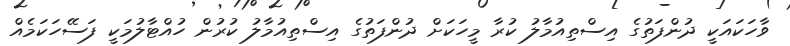
ވާހަކައަކީ ދުންފަތުގެ އިސްތިއުމާލު ކުރާ މީހަކަށް ދުންފަތުގެ އިސްތިއުމާލު ކުރުން ހުއްޓާލުމަކީ ފަސޭހަކަމެއް